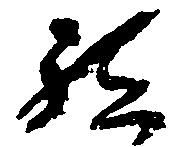
被